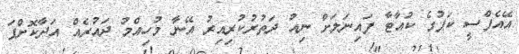
އޭއެފްސީ ކަޕުގެ ކުއާޓާ ފައިނަލަށް ނިއު ދަތުރުކުރިއިރު އޭނާ މުހިއްމު ދައުރެއް އަދާކޮށްފަ